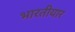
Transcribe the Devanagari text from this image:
भारतीयार